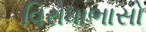
વિરોધાભાસો